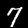
Digit: 7